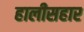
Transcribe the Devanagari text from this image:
हालीसहार